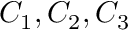
C _ { 1 } , C _ { 2 } , C _ { 3 }